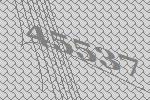
45537